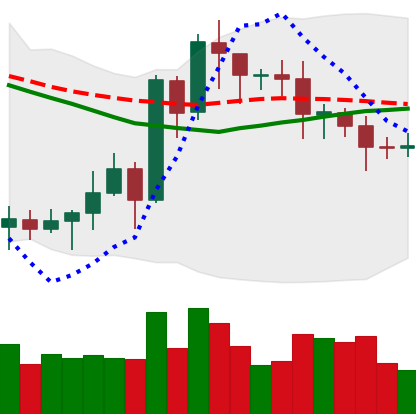
Ticker: EOS-USD
Chart end date: 2020-07-18
Forward return: 6.075%
Label: up_5_7